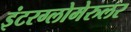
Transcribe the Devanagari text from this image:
इंटरग्लोमेरुलर